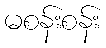
မစန်းစန်း